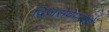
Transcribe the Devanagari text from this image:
द्विजसेवेपरौतें